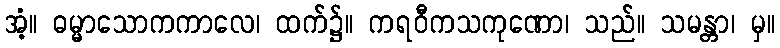
အံ့။ ဓမ္မာသောကကာလေ၊ ထက်၌။ ကရဝီကသကုဏော၊ သည်။ သမန္တာ၊ မှ။